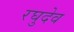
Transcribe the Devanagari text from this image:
रघुदेव